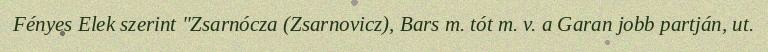
Fényes Elek szerint "Zsarnócza (Zsarnovicz), Bars m. tót m. v. a Garan jobb partján, ut.